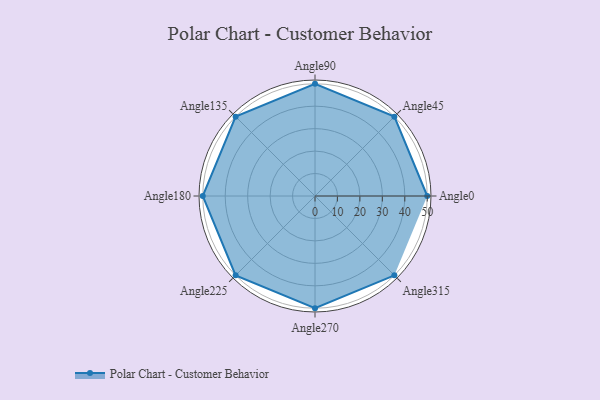
{"axis": {"x": "Angle", "y": "Radius"}, "legend": [""], "data": [{"x": "Angle0", "y": 50, "type": ""}, {"x": "Angle45", "y": 50, "type": ""}, {"x": "Angle90", "y": 50, "type": ""}, {"x": "Angle135", "y": 50, "type": ""}, {"x": "Angle180", "y": 50, "type": ""}, {"x": "Angle225", "y": 50, "type": ""}, {"x": "Angle270", "y": 50, "type": ""}, {"x": "Angle315", "y": 50, "type": ""}]}